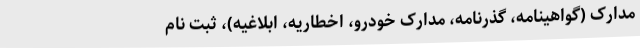
مدارک (گواهینامه، گذرنامه، مدارک خودرو، اخطاریه، ابلاغیه)، ثبت نام